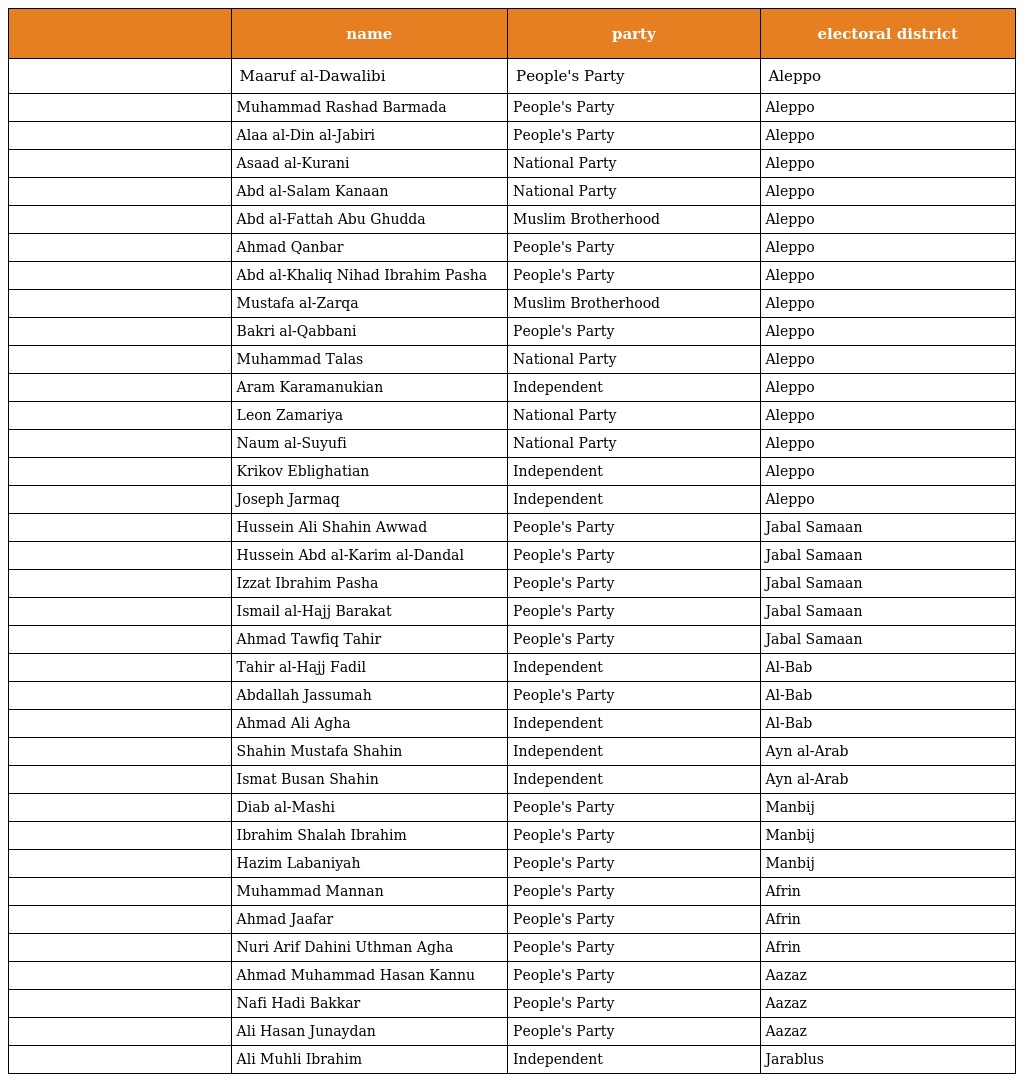
|  | name | party | electoral district |
 | --- | --- | --- | --- |
 |  | Maaruf al-Dawalibi | People's Party | Aleppo |
 |  | Muhammad Rashad Barmada | People's Party | Aleppo |
 |  | Alaa al-Din al-Jabiri | People's Party | Aleppo |
 |  | Asaad al-Kurani | National Party | Aleppo |
 |  | Abd al-Salam Kanaan | National Party | Aleppo |
 |  | Abd al-Fattah Abu Ghudda | Muslim Brotherhood | Aleppo |
 |  | Ahmad Qanbar | People's Party | Aleppo |
 |  | Abd al-Khaliq Nihad Ibrahim Pasha | People's Party | Aleppo |
 |  | Mustafa al-Zarqa | Muslim Brotherhood | Aleppo |
 |  | Bakri al-Qabbani | People's Party | Aleppo |
 |  | Muhammad Talas | National Party | Aleppo |
 |  | Aram Karamanukian | Independent | Aleppo |
 |  | Leon Zamariya | National Party | Aleppo |
 |  | Naum al-Suyufi | National Party | Aleppo |
 |  | Krikov Eblighatian | Independent | Aleppo |
 |  | Joseph Jarmaq | Independent | Aleppo |
 |  | Hussein Ali Shahin Awwad | People's Party | Jabal Samaan |
 |  | Hussein Abd al-Karim al-Dandal | People's Party | Jabal Samaan |
 |  | Izzat Ibrahim Pasha | People's Party | Jabal Samaan |
 |  | Ismail al-Hajj Barakat | People's Party | Jabal Samaan |
 |  | Ahmad Tawfiq Tahir | People's Party | Jabal Samaan |
 |  | Tahir al-Hajj Fadil | Independent | Al-Bab |
 |  | Abdallah Jassumah | People's Party | Al-Bab |
 |  | Ahmad Ali Agha | Independent | Al-Bab |
 |  | Shahin Mustafa Shahin | Independent | Ayn al-Arab |
 |  | Ismat Busan Shahin | Independent | Ayn al-Arab |
 |  | Diab al-Mashi | People's Party | Manbij |
 |  | Ibrahim Shalah Ibrahim | People's Party | Manbij |
 |  | Hazim Labaniyah | People's Party | Manbij |
 |  | Muhammad Mannan | People's Party | Afrin |
 |  | Ahmad Jaafar | People's Party | Afrin |
 |  | Nuri Arif Dahini Uthman Agha | People's Party | Afrin |
 |  | Ahmad Muhammad Hasan Kannu | People's Party | Aazaz |
 |  | Nafi Hadi Bakkar | People's Party | Aazaz |
 |  | Ali Hasan Junaydan | People's Party | Aazaz |
 |  | Ali Muhli Ibrahim | Independent | Jarablus |